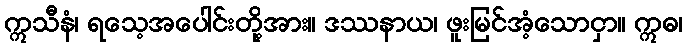
ဣသီနံ၊ ရသေ့အပေါင်းတို့အား။ ဒဿနာယ၊ ဖူးမြင်အံ့သောငှာ။ ဣဓ၊